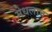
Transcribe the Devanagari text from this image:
मेधलान